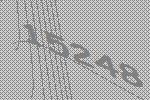
15248